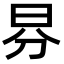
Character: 𣌥